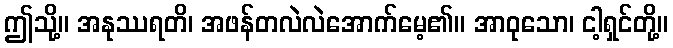
ဤသို့။ အနုဿရတိ၊ အဖန်တလဲလဲအောက်မေ့၏။ အာဝုသော၊ ငါ့ရှင်တို့။